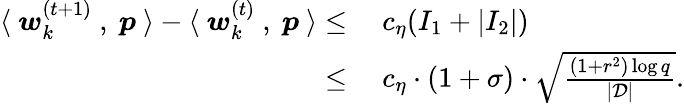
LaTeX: \begin{array}{rl}{\langle~{\boldsymbol w}_{k}^{(t+1)}~,~{\boldsymbol p}~\rangle-\langle~{\boldsymbol w}_{k}^{(t)}~,~{\boldsymbol p}~\rangle\le}&{~c_{\eta}(I_{1}+|I_{2}|)}\\ {\le}&{~c_{\eta}\cdot(1+\sigma)\cdot\sqrt{\frac{(1+r^{2})\log q}{|\mathcal{D}|}}.}\end{array}